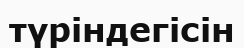
түріндегісін